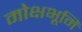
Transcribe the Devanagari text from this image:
मोक्षभूमि